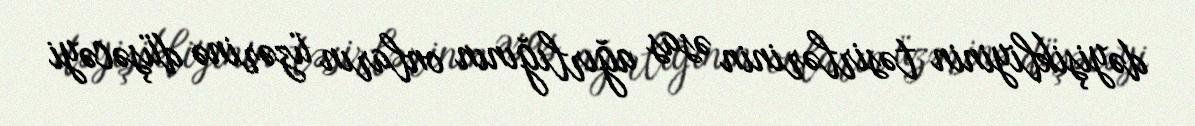
dəyişikliyinin təsirlərinin əsas ağırlığının onların üzərinə düşəcəyi